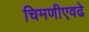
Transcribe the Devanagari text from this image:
चिमणीएवढे